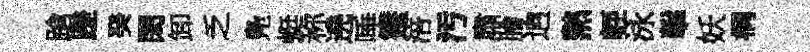
蹌蹉癸閎卸乏鳬蜓称遶唾箑涪汚肅膾逈熱䡖泳擊妖桐